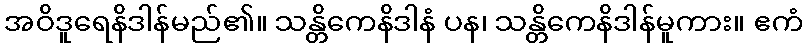
အဝိဒူရေနိဒါန်မည်၏။ သန္တိကေနိဒါနံ ပန၊ သန္တိကေနိဒါန်မူကား။ ဧကံ